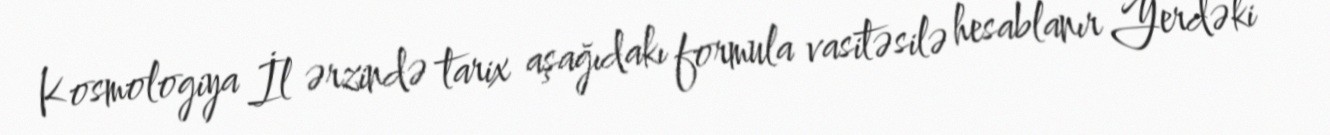
Kosmologiya İl ərzində tarix aşağıdakı formula vasitəsilə hesablanır Yerdəki